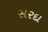
સરદા